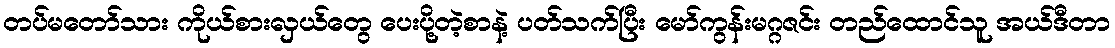
တပ်မတော်သား ကိုယ်စားလှယ်တွေ ပေးပို့တဲ့စာနဲ့ ပတ်သက်ပြီး မော်ကွန်းမဂ္ဂဇင်း တည်ထောင်သူ အယ်ဒီတာ